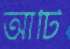
আটি